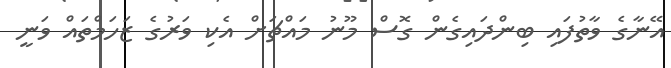
އޭނާގެ ވާތުފައި ބިންދައިގެން ގޮސް މޫނު މައްޗަށް އެކި ވަރުގެ ޒަހަމްތައް ވަނީ